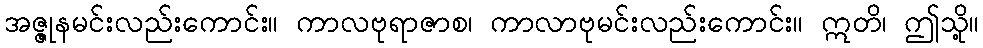
အဇ္ဇုနမင်းလည်းကောင်း။ ကာလဗုရာဇာစ၊ ကာလာဗုမင်းလည်းကောင်း။ ဣတိ၊ ဤသို့။